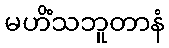
မဟိံသဘူတာနံ